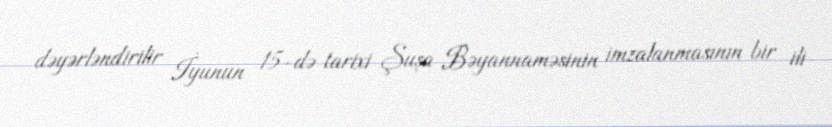
dəyərləndirilir İyunun 15-də tarixi Şuşa Bəyannaməsinin imzalanmasının bir ili